Scottish Leaving Certificate Examination, 1955
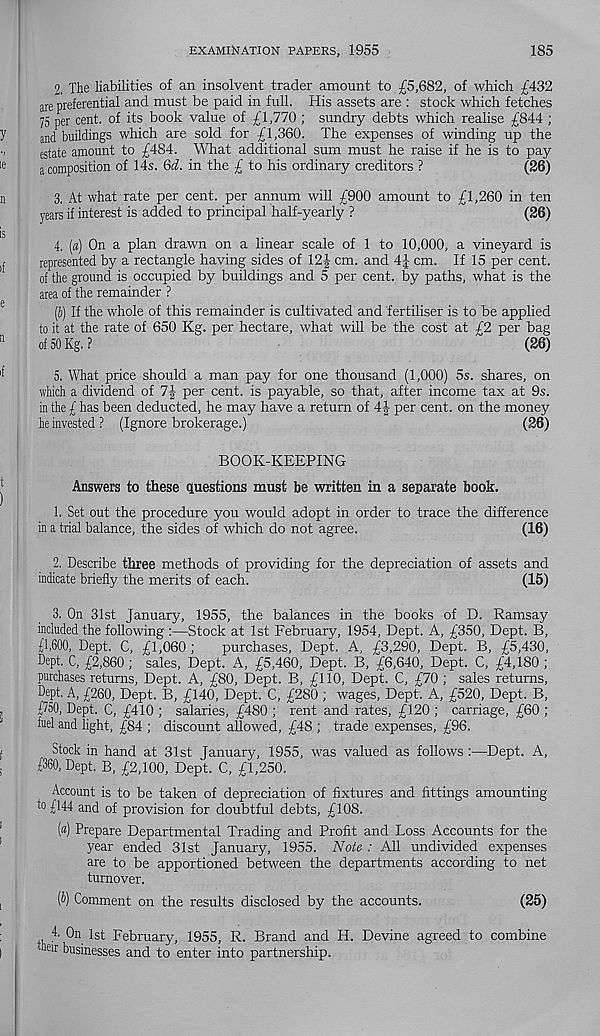
EXAMINATION PAPERS, 1955
185
2. The liabilities of an insolvent trader amount to £5,682, of which £432
are preferential and must be paid in full. His assets are : stock which fetches
75 per cent, of its book value of £1,770 ; sundry debts which realise £844 ;
and buildings which are sold for £1,360. The expenses of winding up the
estate amount to £484. What additional sum must he raise if he is to pay
a composition of 14s. Qd. in the £ to his ordinary creditors ?
(26)
3. At what rate per cent, per annum will £900 amount to £1,260 in ten
years if interest is added to principal half-yearly ?
(26)
4. (a) On a plan drawn on a linear scale of 1 to 10,000, a vineyard is
represented by a rectangle having sides of 12J cm. and 4J cm. If 15 per cent,
of the ground is occupied by buildings and 5 per cent, by paths, what is the
area of the remainder ?
(J) If the whole of this remainder is cultivated and fertiliser is to be applied
to it at the rate of 650 Kg. per hectare, what will be the cost at £2 per bag
of 50 Kg.?
(26)
5. What price should a man pay for one thousand (1,000) 5s. shares, on
which a dividend of 7| per cent, is payable, so that, after income tax at 9s.
in the £ has been deducted, he may have a return of 4f per cent, on the money
he invested? (Ignore brokerage.)
(26)
BOOK-KEEPING
Answers to these questions must be written in a separate book.
1. Set out the procedure you would adopt in order to trace the difference
in a trial balance, the sides of which do not agree.
(16)
2. Describe three methods of providing for the depreciation of assets and
indicate briefly the merits of each.
(15)
3. On 31st January, 1955, the balances in the books of D. Ramsay
included the following :—Stock at 1st February, 1954, Dept. A, £350, Dept. B,
£1,600, Dept. C, £1,060 ;
purchases. Dept. A, £3,290, Dept. B, £5,430,
Dept. C, £2,860; sales, Dept. A, £5,460, Dept. B, £6,640, Dept. C, £4,180 ;
purchases returns, Dept. A, £80, Dept. B, £110, Dept. C, £70 ; sales returns.
Dept. A, £260, Dept. B, £140, Dept. C, £280 ; wages, Dept. A, £520, Dept. B,
£750, Dept. C, £410 ; salaries, £480 ; rent and rates, £120 ; carriage, £60 ;
fuel and light, £84 ; discount allowed, £48 ; trade expenses, £96.
Stock in hand at 31st January, 1955, whs valued as follows :—Dept. A,
£360, Dept. B, £2,100, Dept. C, £1,250.
Account is to be taken of depreciation of fixtures and fittings amounting
to £144 and of provision for doubtful debts, £108.
(a) Prepare Departmental Trading and Profit and Loss Accounts for the
year ended 31st January, 1955. Note : All undivided expenses
are to be apportioned between the departments according to net
turnover.
(b) Comment on the results disclosed by the accounts.
(25)
4. On 1st February, 1955, R. Brand and H. Devine agreed to combine
heir businesses and to enter into partnership.